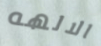
الالهه